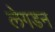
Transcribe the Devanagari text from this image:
लेगडन